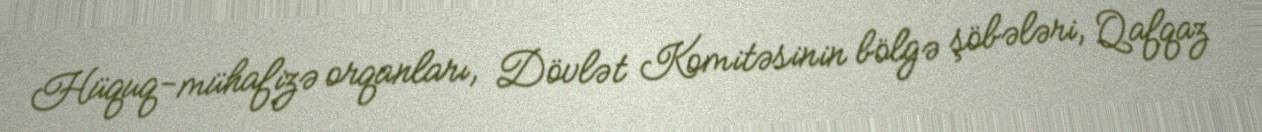
Hüquq-mühafizə orqanları, Dövlət Komitəsinin bölgə şöbələri, Qafqaz